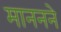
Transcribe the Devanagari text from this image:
माननने